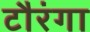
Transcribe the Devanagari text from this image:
टौरंगा